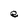
Character: e